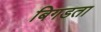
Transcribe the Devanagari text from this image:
बिगडता